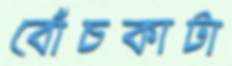
বোঁচকাটা